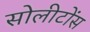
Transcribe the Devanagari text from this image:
सोलीटोंस